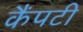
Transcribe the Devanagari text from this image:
कैंपटी